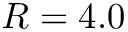
R = 4 . 0